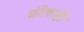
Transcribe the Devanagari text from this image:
घंटेवरही